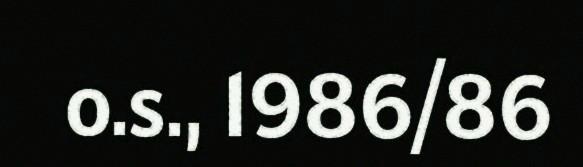
o.s., 1986/86